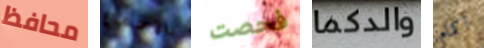
محافظ بالإجماع فحصت والدكما أكمام